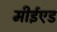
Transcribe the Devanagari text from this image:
मीईएड